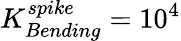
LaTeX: K_{Bending}^{spike}=10^{4}